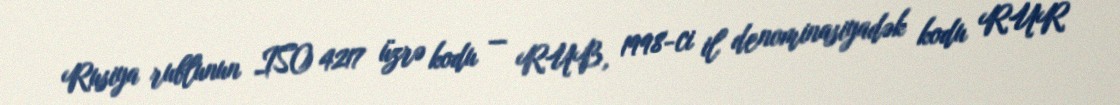
Rusiya rublunun ISO 4217 üzrə kodu — RUB, 1998-ci il denominasiyadək kodu RUR